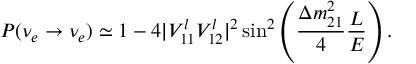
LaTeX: P ( \nu _ { e } \rightarrow \nu _ { e } ) \simeq 1 - 4 | V _ { 1 1 } ^ { l } V _ { 1 2 } ^ { l } | ^ { 2 } \sin ^ { 2 } \left( \frac { \Delta m _ { 2 1 } ^ { 2 } } { 4 } \frac { L } { E } \right) .